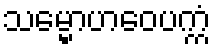
သမ္မောဟဝေပက္ကံ